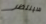
سينتظر